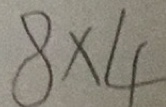
8 \times 4